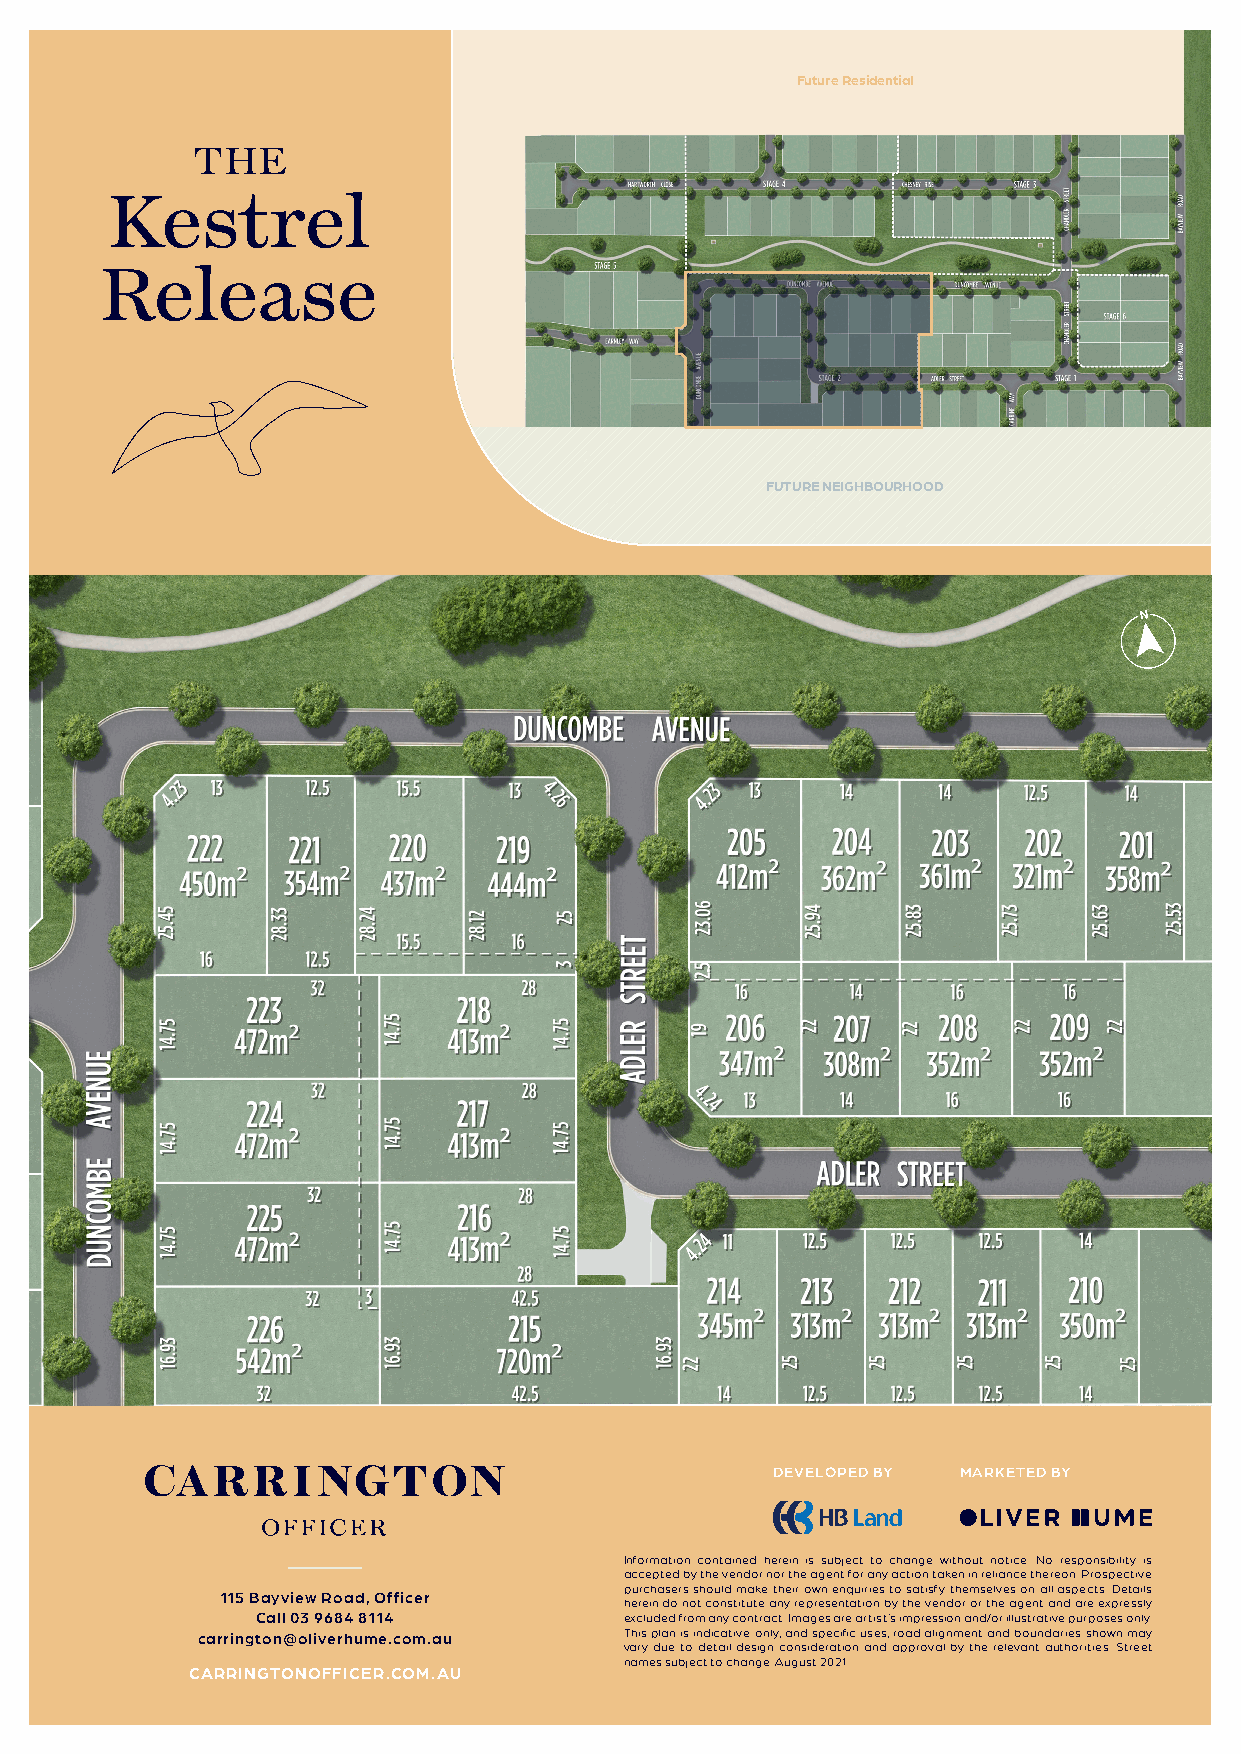
Future Residential
 THE
 Kestrel
 Release
 FUTURE NEIGHBOURHOOD
 DEVELOPED BY MARKETED BY
 Information contained herein is subject to change without notice. No responsibility is
 accepted by the vendor nor the agent for any action taken in reliance thereon. Prospective
 purchasers should make their own enquiries to satisfy themselves on all aspects. Details
 115 Bayview Road, Officer
 herein do not constitute any representation by the vendor or the agent and are expressly
 Call 03 9684 8114       excluded from any contract. Images are artist’s impression and/or illustrative purposes only.
 carrington@oliverhume.com.au This plan is indicative only, and specific uses, road alignment and boundaries shown may
 vary due to detail design consideration and approval by the relevant authorities. Street
 names subject to change. August 2021
 CARRINGTONOFFICER.COM.AU